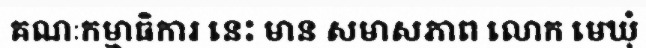
គណៈកម្មាធិការ នេះ មាន សមាសភាព លោក មេឃុំ